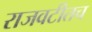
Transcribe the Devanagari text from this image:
राजवटीतच